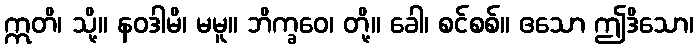
ဣတိ၊ သို့။ နဝဒါမိ၊ မမူ။ ဘိက္ခဝေ၊ တို့။ ခေါ၊ စင်စစ်။ ဧသော ဤဒိသော၊